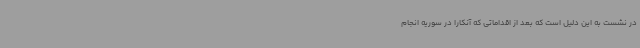
در نشست به این دلیل است که بعد از اقداماتی که آنکارا در سوریه انجام